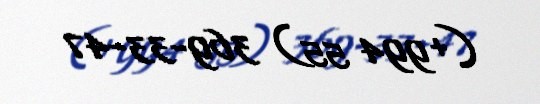
(+994 55) 369-33-47